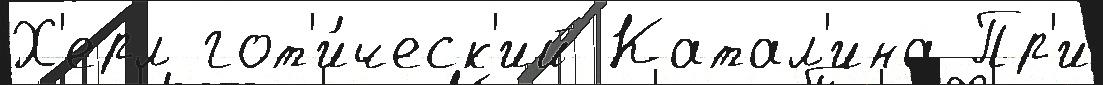
Х'ерл гот'и́ческ'ий Катал'ина Пр'и